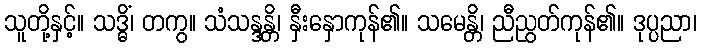
သူတို့နှင့်။ သဒ္ဓိံ၊ တကွ။ သံသန္ဒန္တိ၊ နှီးနှောကုန်၏။ သမေန္တိ၊ ညီညွတ်ကုန်၏။ ဒုပ္ပညာ၊